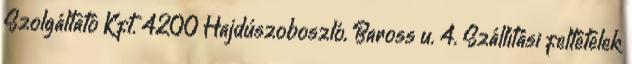
Szolgáltató Kft. 4200 Hajdúszoboszló, Baross u. 4. Szállítási feltételek